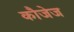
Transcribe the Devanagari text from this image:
कौजेज